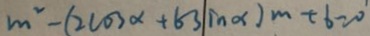
m ^ { 2 } - ( 2 \cos \alpha + 6 3 i n \alpha ) m + 6 = 0